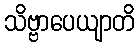
သိဗ္ဗာပေယျာတိ